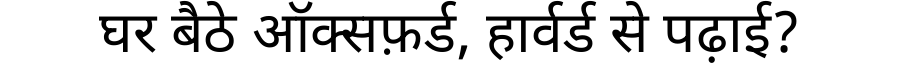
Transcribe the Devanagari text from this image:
घर बैठे ऑक्सफ़र्ड, हार्वर्ड से पढ़ाई?